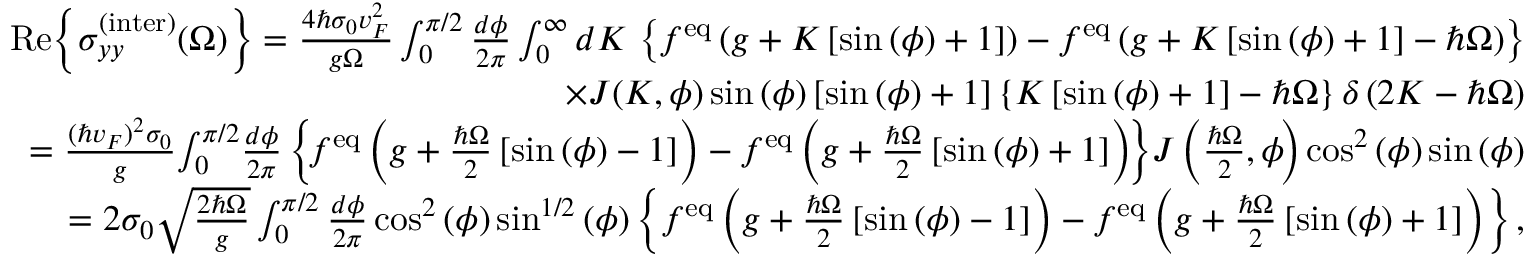
\begin{array} { r l r } & { } & { \mathrm { R e } { \left\{ \sigma _ { y y } ^ { \mathrm { ( i n t e r ) } } ( \Omega ) \right\} } = \frac { 4 \hbar \sigma _ { 0 } v _ { F } ^ { 2 } } { g \Omega } \int _ { 0 } ^ { \pi / 2 } \frac { d \phi } { 2 \pi } \int _ { 0 } ^ { \infty } d K \, \left\{ f ^ { \mathrm { e q } } \left( g + K \left[ \sin { ( \phi ) } + 1 \right] \right) - f ^ { \mathrm { e q } } \left( g + K \left[ \sin { ( \phi ) } + 1 \right] - \hbar \Omega \right) \right\} } \\ & { } & { \times J ( K , \phi ) \sin { ( \phi ) } \left[ \sin { ( \phi ) } + 1 \right] \left\{ K \left[ \sin { ( \phi ) } + 1 \right] - \hbar \Omega \right\} \delta \left( 2 K - \hbar \Omega \right) } \\ & { } & { = \frac { ( \hbar v _ { F } ) ^ { 2 } \sigma _ { 0 } } { g } \! \int _ { 0 } ^ { \pi / 2 } \! \frac { d \phi } { 2 \pi } \left\{ \! f ^ { \mathrm { e q } } \left( g + \frac { \hbar \Omega } { 2 } \left[ \sin { ( \phi ) } - 1 \right] \right) - f ^ { \mathrm { e q } } \left( g + \frac { \hbar \Omega } { 2 } \left[ \sin { ( \phi ) } + 1 \right] \right) \! \right\} \! J \left( \frac { \hbar \Omega } { 2 } , \phi \! \right) \cos ^ { 2 } { ( \phi ) } \sin { ( \phi ) } } \\ & { } & { = 2 \sigma _ { 0 } \sqrt { \frac { 2 \hbar \Omega } { g } } \int _ { 0 } ^ { \pi / 2 } \frac { d \phi } { 2 \pi } \cos ^ { 2 } { ( \phi ) } \sin ^ { 1 / 2 } { ( \phi ) } \left\{ f ^ { \mathrm { e q } } \left( g + \frac { \hbar \Omega } { 2 } \left[ \sin { ( \phi ) } - 1 \right] \right) - f ^ { \mathrm { e q } } \left( g + \frac { \hbar \Omega } { 2 } \left[ \sin { ( \phi ) } + 1 \right] \right) \right\} , } \end{array}